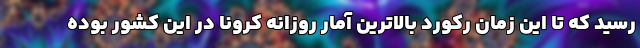
رسید که تا این زمان رکورد بالاترین آمار روزانه کرونا در این کشور بوده